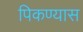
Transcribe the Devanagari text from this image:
पिकण्यास